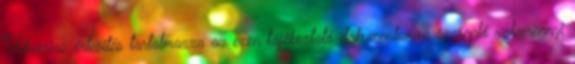
Udvarias értesítés tartalmazza az ezen tájékoztató dokumentumon szereplő valamennyi